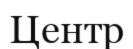
Центр